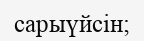
сарыүйсін;